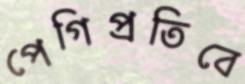
পেগিপ্রতিবে